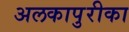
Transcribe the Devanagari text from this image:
अलकापुरीका